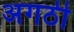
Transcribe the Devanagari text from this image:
अगठी